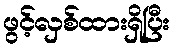
ဖွင့်လှစ်ထားရှိပြီး